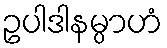
ဥပါဒါနမ္ပာဟံ